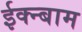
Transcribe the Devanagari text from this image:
ईक्न्बाम